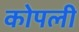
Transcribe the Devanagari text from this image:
कोपली